Haapsalu_Metskond, lk 28
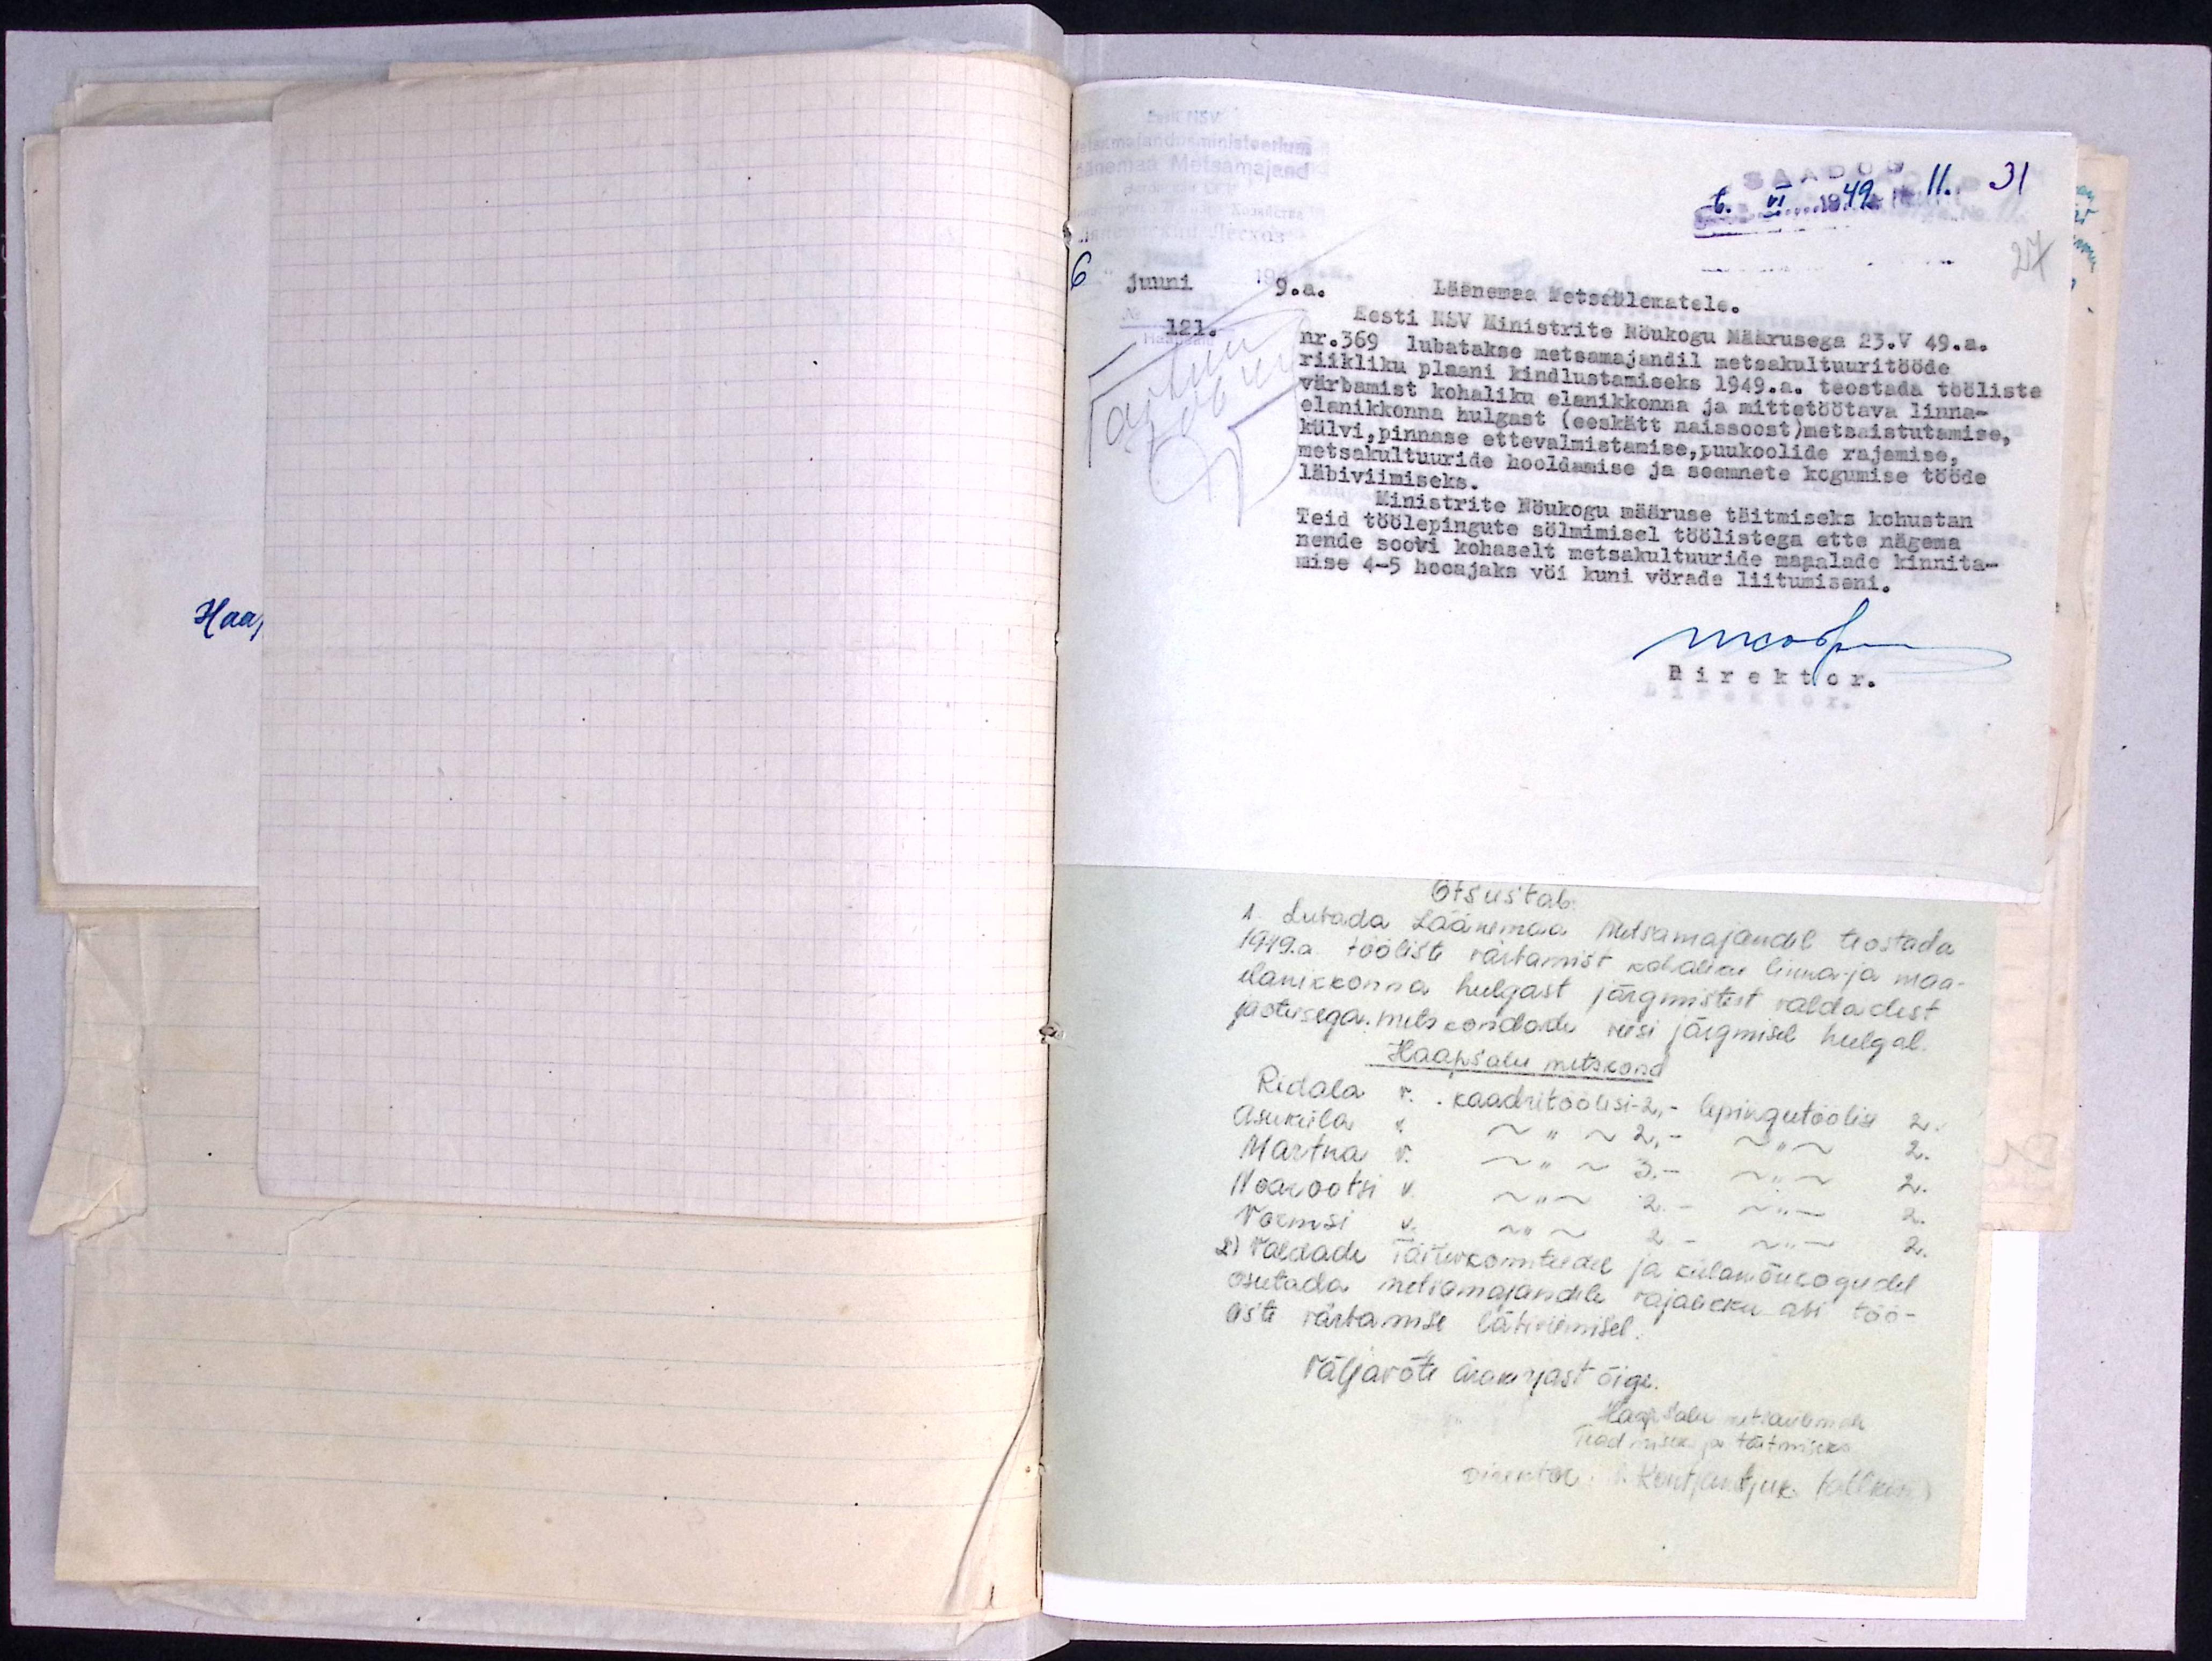
SAADUD
6. VI 1949a No 11. 31

27

6.
juuni
9.a.
Läänemaa Metsaülematele.
121.
Eesti NSV Ministrite Nöukogu Määrusega 23.V 49.a.
nr. 369 lubatakse metsamajandil metsakultuuritööde
riikliku plaani kindlustamiseks 1949. a. teostada tööliste
värbamist kohaliku elanikkonna ja mittetöötava linna-
elanikkonna hulgast (eeskätt naissoost) metsaistutamise,
külvi, pinnase ettevalmistamise, puukoolide rajamise,
metsakultuuride hooldamise ja seemnete kogumise tööde
läbiviimiseks.
Ministrite Nöukogu määruse täitmiseks kohustan
Teid töölepingute sölmimisel töölistega ette nägema
nende soovi kohaselt metsakultuuride maaalade kinnita-
mise 4-5 hooajaks vöi kuni vörade liitumiseni.
Direktor.